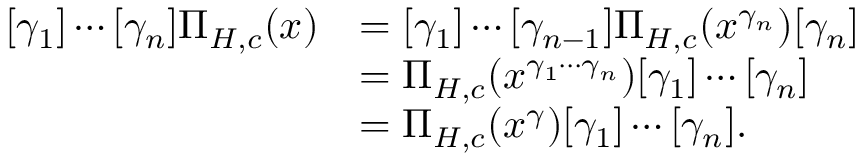
\begin{array} { r l } { [ \gamma _ { 1 } ] \cdots [ \gamma _ { n } ] \Pi _ { H , c } ( x ) } & { = [ \gamma _ { 1 } ] \cdots [ \gamma _ { n - 1 } ] \Pi _ { H , c } ( x ^ { \gamma _ { n } } ) [ \gamma _ { n } ] } \\ & { = \Pi _ { H , c } ( x ^ { \gamma _ { 1 } \cdots \gamma _ { n } } ) [ \gamma _ { 1 } ] \cdots [ \gamma _ { n } ] } \\ & { = \Pi _ { H , c } ( x ^ { \gamma } ) [ \gamma _ { 1 } ] \cdots [ \gamma _ { n } ] . } \end{array}